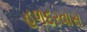
હળદરવાસ